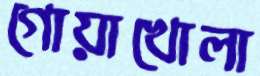
গোয়াখোলা